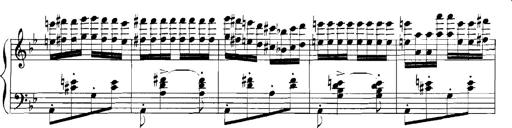
Title: Rhapsodies hongroises
Composer: Franz Liszt